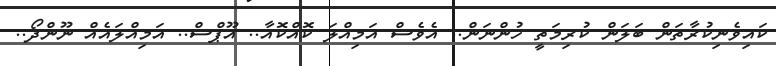
ކައިވެނިކުރާތަން ބަލަން ކުރިމަތީ ހުންނަން.. އެވެސް އަމިއްލަ ކޮއްކޮއާ.. އޫޕްސް.. އަމިއްލައެއް ނޫންދޯ..